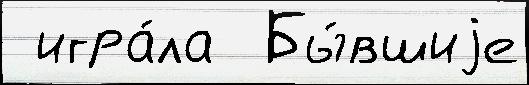
 игра́ла  Бы́вшиjе